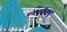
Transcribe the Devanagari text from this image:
मनप्पुल्लिकावु